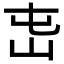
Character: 𡵭